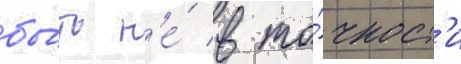
бы́ть н'е́ в то́чност'и